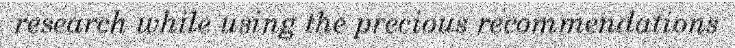
research while using the precious recommendations